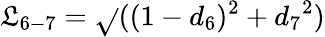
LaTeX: {\mathfrak{L}_{6-7}}=\sqrt{}{{((1-{d_{6}})^{2}+{d_{7}}^{2})}}